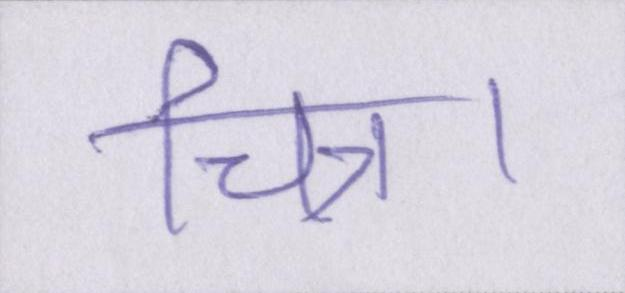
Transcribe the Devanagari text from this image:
चित्र।